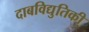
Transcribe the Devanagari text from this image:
दाबविद्युतिकी